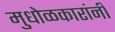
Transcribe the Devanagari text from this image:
मुधोळकारांनी